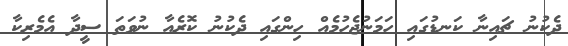
ދެކުނު ޗައިނާ ކަނޑުގައި ހަމަނުޖެހުމެއް ހިންގައި ދެކުނު ކޮރެއާ ނުވަތަ ސީދާ އެމެރިކާ